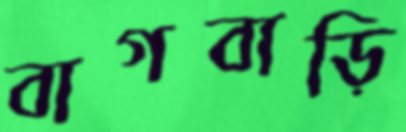
বাগবাড়ি